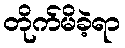
တိုက်မိခဲ့ရာ